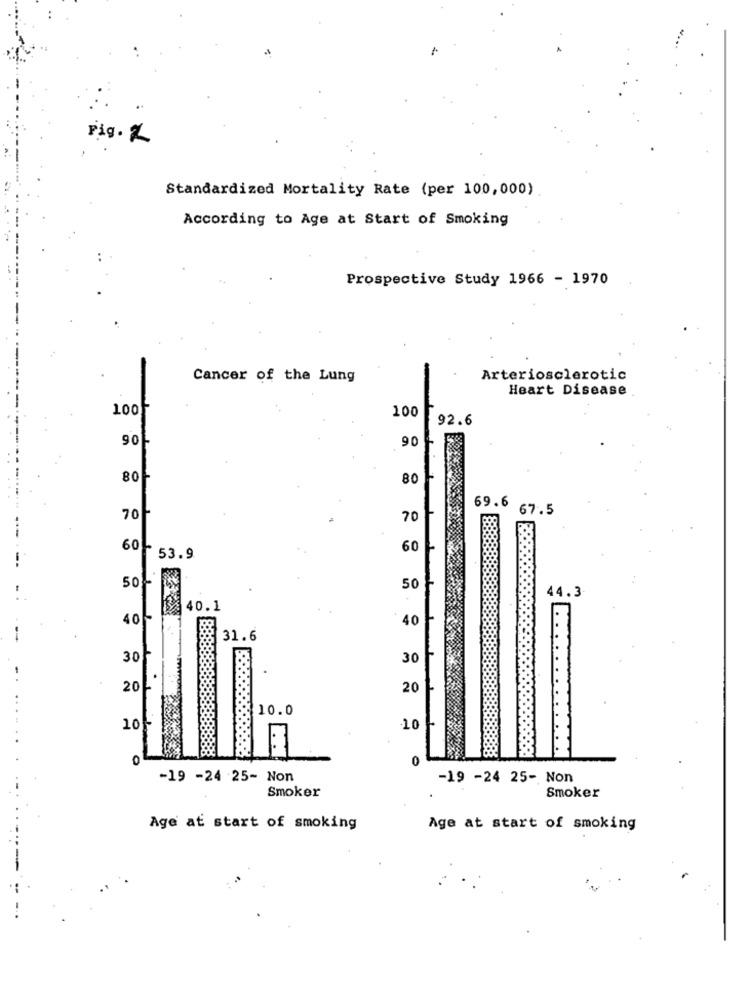
Fig. 2
Standardized Mortality Rate (per 100,000)
According to Age at Start of Smoking
Prospective Study 1966 - 1970
Cancer of the Lung
Arteriosclerotic
Heart Disease
100F
100
92.6
901
90
80F
80
69.6 67.5
70
70
60
60
53.9
50%-
50
44.3
40.1
40-
40
31.6
30
30
20
20
10.0
20%-
:10
0
0
-19 -24 .25- Non
-19 -24 25- Non
Smoker
Smoker
Age at start of smoking
Age at start of smoking